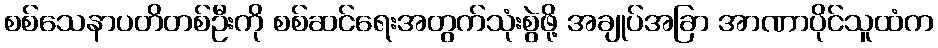
စစ်သေနာပတိတစ်ဦးကို စစ်ဆင်ရေးအတွက်သုံးစွဲဖို့ အချုပ်အခြာ အာဏာပိုင်သူထံက